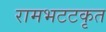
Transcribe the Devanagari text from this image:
रामभटटकृत